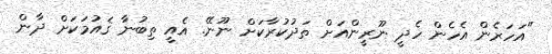
"އަހަރެން އެހެން ހެދީ ނޫރީންއަށް ތަދުކުރާކަށް ނޫނޭ. އެއީ ތިބުނާ ޤައުމަކަށް ދާން